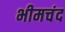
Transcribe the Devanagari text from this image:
भीमचंद